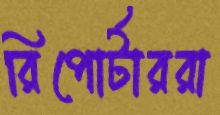
রিপোর্টাররা